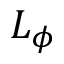
L _ { \phi }